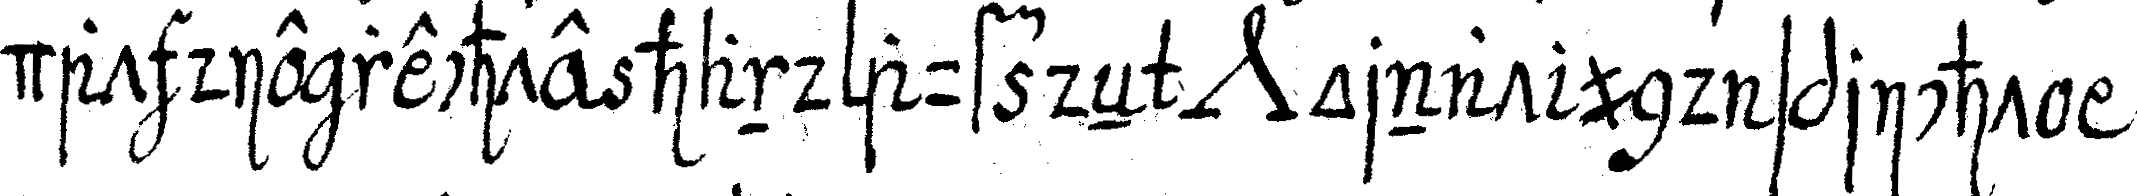
dat die rechte hand auf deN *nee* ornat und spricht